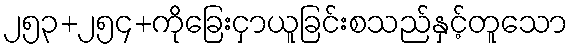
၂၅၃+၂၅၄+ကိုခြေးငှာယူခြင်းစသည်နှင့်တူသော